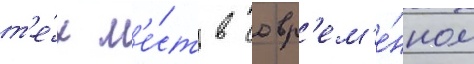
т'е́х м'е́ст в совр'ем'е́нном